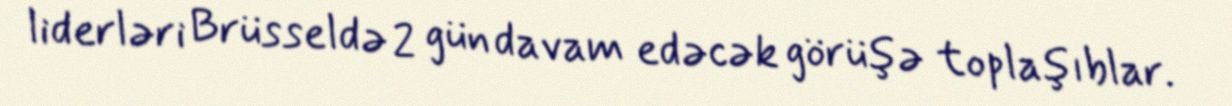
liderləri Brüsseldə 2 gün davam edəcək görüşə toplaşıblar.